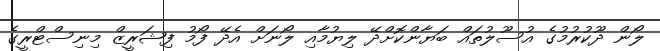
ލޯން ދޫކުރުމުގެ އުސޫލުތައް ބަޔާންކޮށްދޭ ލިޔުމާއި ލޯނަށް އެދޭ ފޯމު ފިޝަރީޒް މިނިސްޓްރީގެ